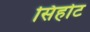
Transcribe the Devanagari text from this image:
सिहोट